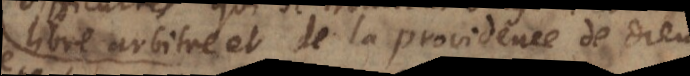
libre arbitre et de la providence de Dieu,